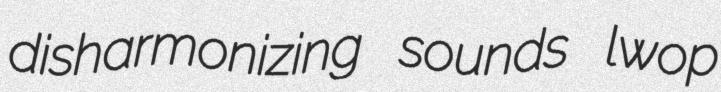
disharmonizing sounds lwop